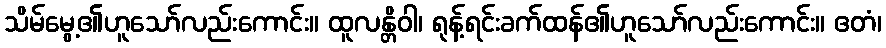
သိမ်မွေ့၏ဟူသော်လည်းကောင်း။ ထူလန္တိဝါ၊ ရုန့်ရင်းခက်ထန်၏ဟူသော်လည်းကောင်း။ ဧတံ၊